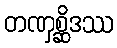
တဏှစ္ဆိဒဿ